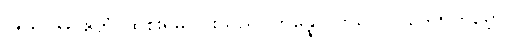
၀၅+၀၆+ ဧတံ၊ ထိုစိုးရိမ်ခြင်းသည်။ ဘိန္နော၊ ကွဲသော။ ဥဒကကုမ္ဘော၊